Annual report of the Punjab Veterinary College and of the Civil Veterinary Department, Punjab - 1894-1908
Year: 1894
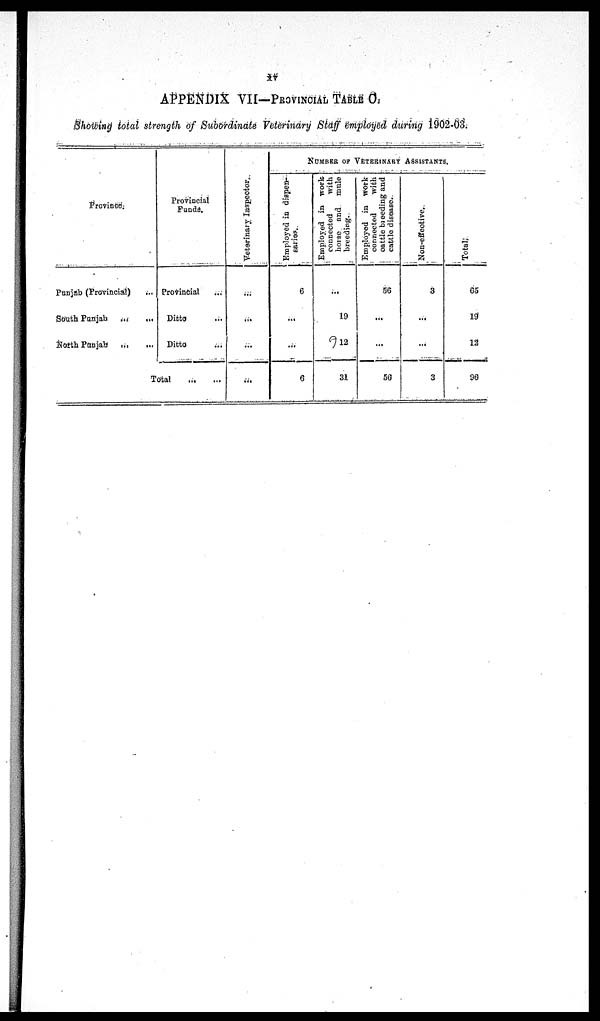
xv
APPENDIX VII—PROVINCIAL TABLE O.
Showing total strength of Subordinate Veterinary Staff Employed during 1902-03.
Province.
Punjab (Provincial) ...
South Punjab
…
…
North Punjab
…
…
Provincial
Funds.
Provincial …
Ditto …
Ditto …
Total
…
…
Veterinary I ns pect or .
...
...
…
...
NUMBER
OF VETERINARY ASSISTANTS,
Employed in dispen-
saries
6
...
…
6
Employed in work
connected
with
horse and mule
breeding.
...
19
12
31
Employed in work
connected
with
cattle breeding and
cattle disease.
56
...
...
50
Non-effective.
3
...
...
3
Total.
65
19
12
96